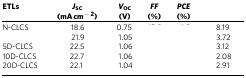
<table><thead><tr><td><b>ETLs</b></td><td><b><i>J</i><sub>SC</sub>(mA cm<sup>−2</sup>)</b></td><td><b><i>V</i><sub>OC</sub>(V)</b></td><td><b><i>FF</i>(%)</b></td><td><b><i>PCE</i>(%)</b></td><td>[EMPTY_CELL]</td></tr></thead><tbody><tr><td>N-CLCS</td><td>18.6</td><td>0.75</td><td>[EMPTY_CELL]</td><td>[EMPTY_CELL]</td><td>8.19</td></tr><tr><td>[EMPTY_CELL]</td><td>21.9</td><td>1.05</td><td>[EMPTY_CELL]</td><td>[EMPTY_CELL]</td><td>3.72</td></tr><tr><td>5D-CLCS</td><td>22.5</td><td>1.06</td><td>[EMPTY_CELL]</td><td>[EMPTY_CELL]</td><td>3.12</td></tr><tr><td>10D-CLCS</td><td>22.7</td><td>1.06</td><td>[EMPTY_CELL]</td><td>[EMPTY_CELL]</td><td>2.08</td></tr><tr><td>20D-CLCS</td><td>22.1</td><td>1.04</td><td>[EMPTY_CELL]</td><td>[EMPTY_CELL]</td><td>2.91</td></tr></tbody></table>